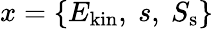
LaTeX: x=\{ E_{\mathrm{kin}},~s,~S_{\mathrm{s}}\}